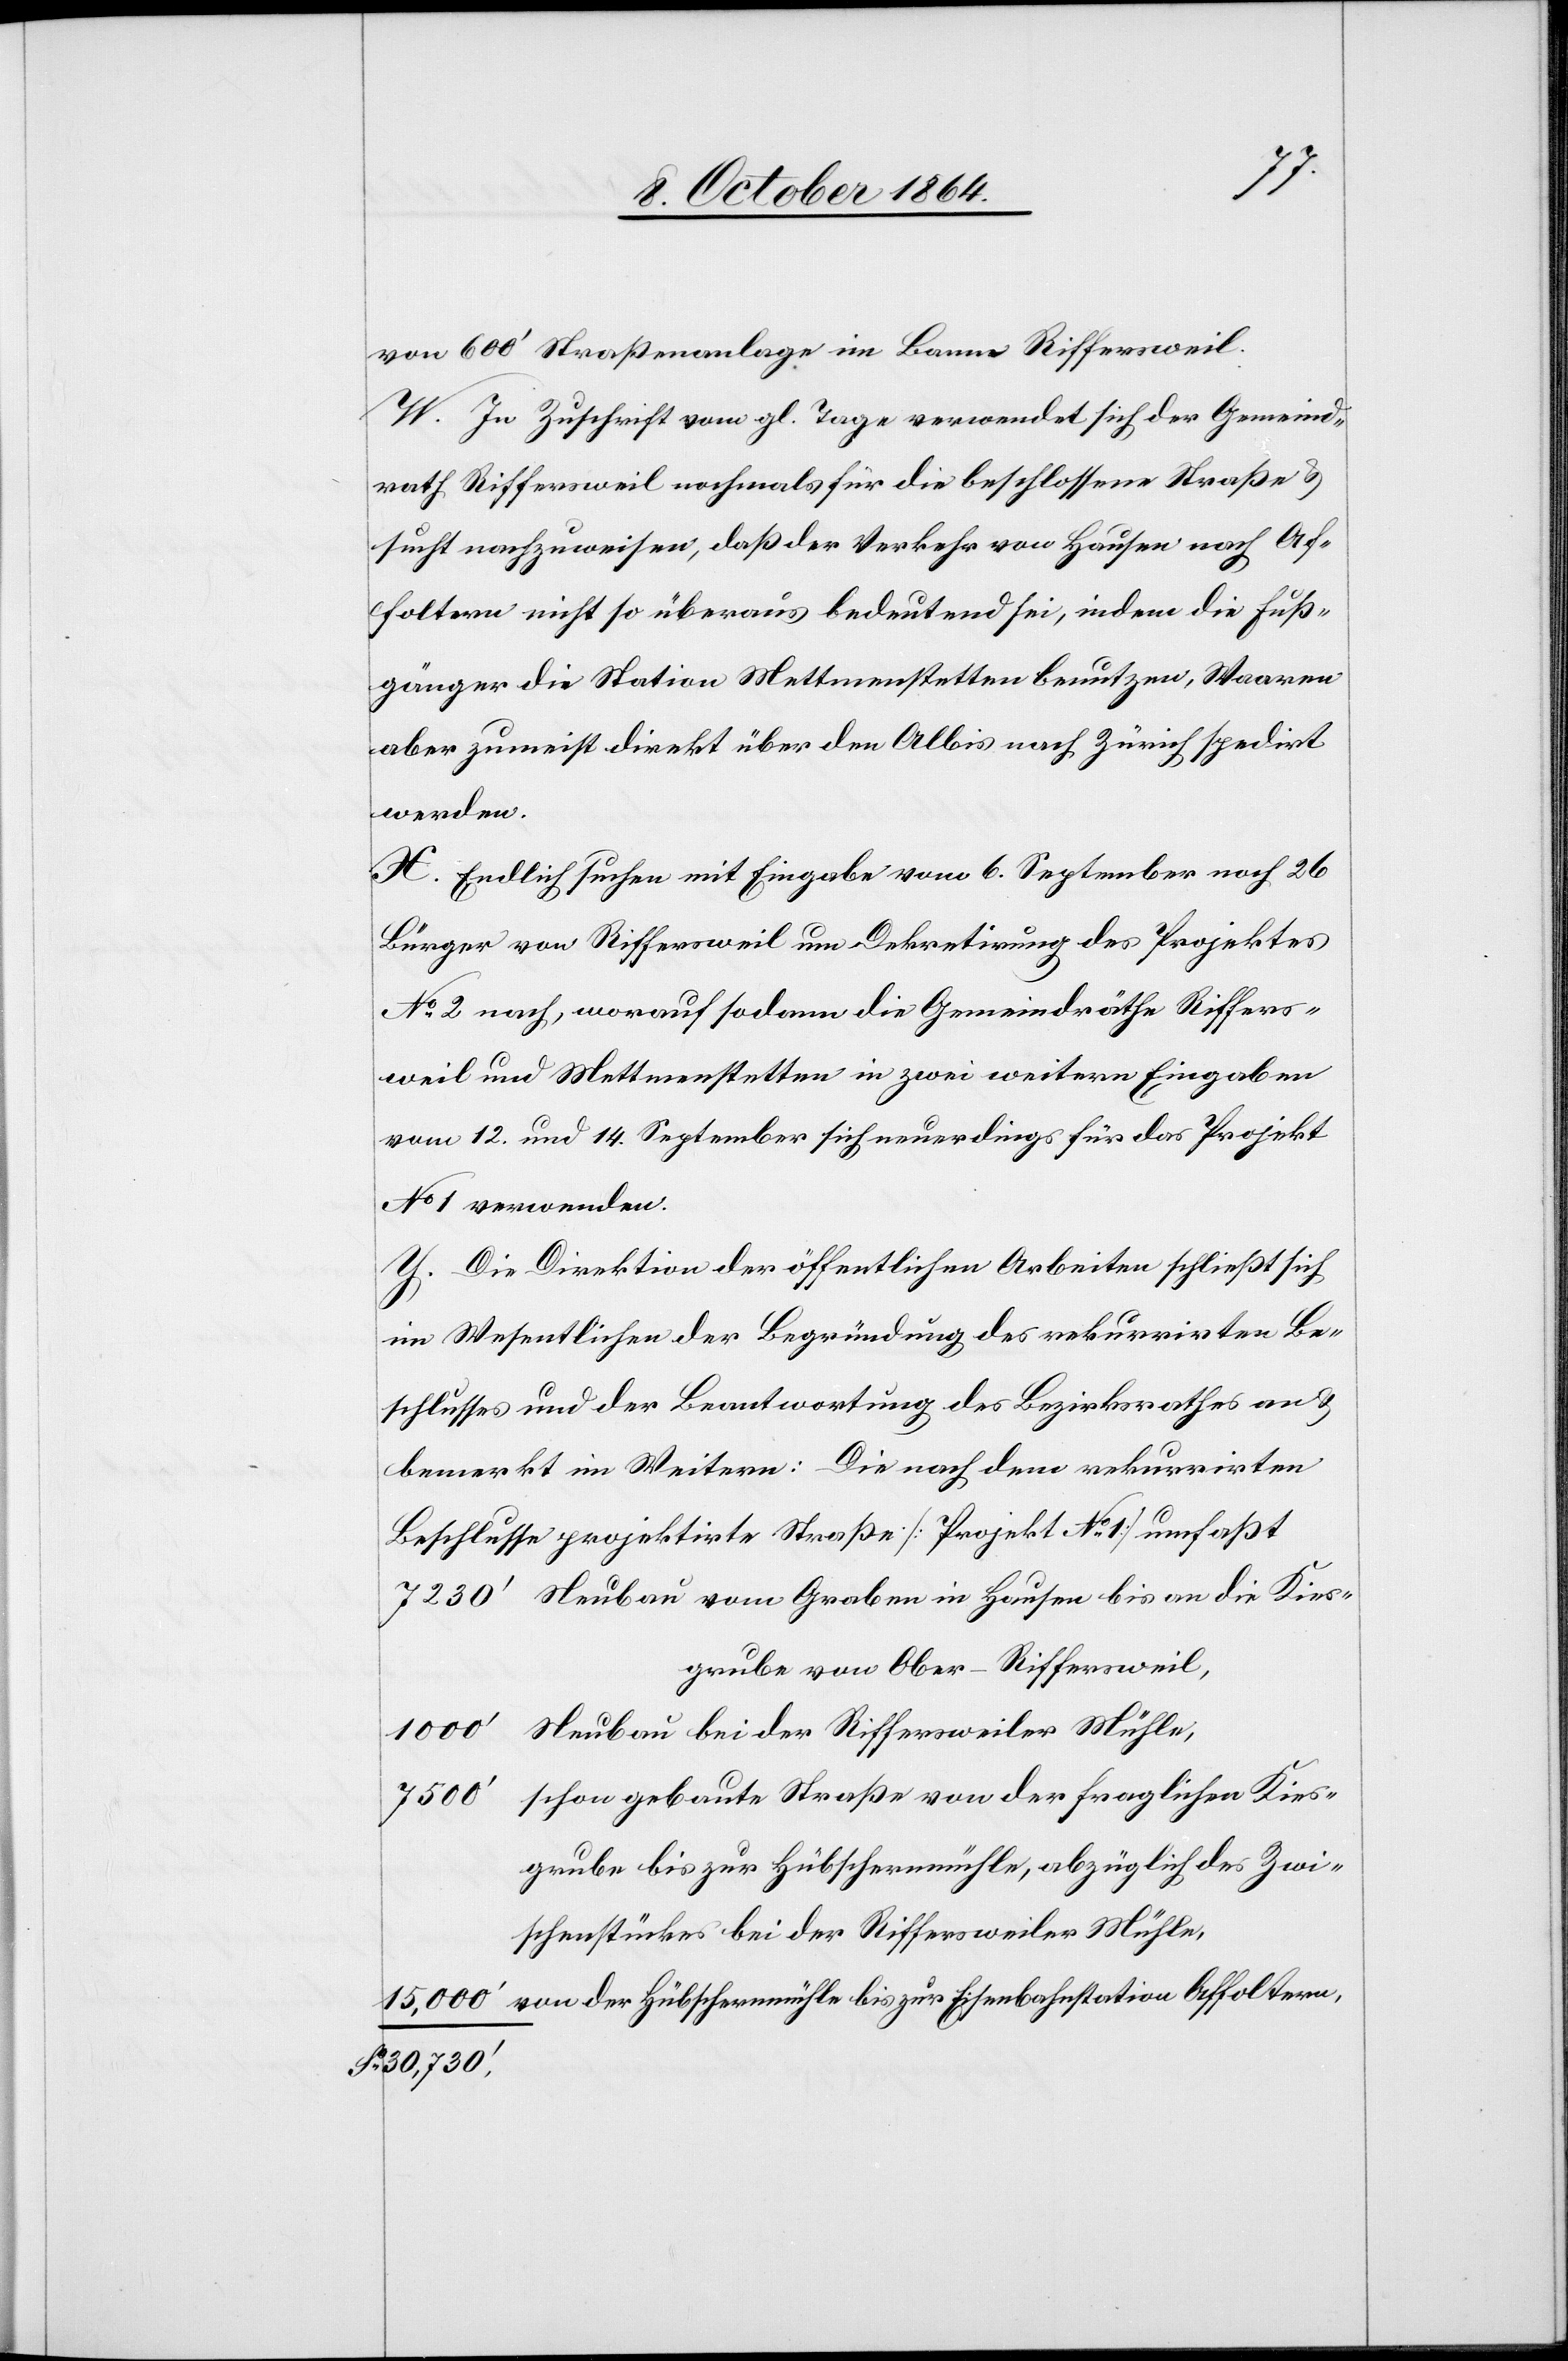
von 600’ Straßenanlage im Banne Riffersweil.
W. In Zuschrift vom gl. Tage verwendet sich der Gemeind¬
rath Riffersweil nochmals für die beschlossene Straße &
sucht nachzuweisen, daß der Verkehr von Hausen nach Af¬
foltern nicht so überaus bedeutend sei, indem die Fuß¬
gänger die Station Mettmentstetten benutzen, Waaren
aber zumeist direkt über den Albis nach Zürich spedirt
werden.
X. Endlich suchen mit Eingabe vom 6. September noch 26
Bürger von Riffersweil um Dekretirung des Projektes
No 2 nach, worauf sodann die Gemeindräthe Riffers¬
weil und Mettmenstetten in zwei weitern Eingaben
vom 12. und 14. September sich neuerdings für das Projekt
No 1 verwenden.
Y. Die Direktion der öffentlichen Arbeiten schließt sich
im Wesentlichen der Begründung des rekurrirten Be¬
schlusses und der Beantwortung des Bezirksrathes an &
bemerkt im Weitern: Die nach dem rekurrirten
Beschlusse projektirte Straße [Projekt No 1] umfaßt
Neubau vom Graben in Hausen bis an die Kies¬
grube von Ober-Riffersweil,
15,000’
Neubau bei der Riffersweiler Mühle,
schon gebaute Straße von der fraglichen Kies¬
7 500’
grube bis zur Hübschermühle, abzüglich des Zwi¬
schenstückes bei der Riffersweiler Mühle,
Sa 30,730.’